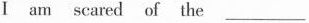
Ⅰ am scared of the ___